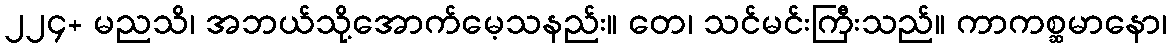
၂၂၄+ မညသိ၊ အဘယ်သို့အောက်မေ့သနည်း။ တေ၊ သင်မင်းကြီးသည်။ ကာကစ္ဆမာနော၊